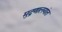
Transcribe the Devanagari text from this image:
मुद्रणालयांत